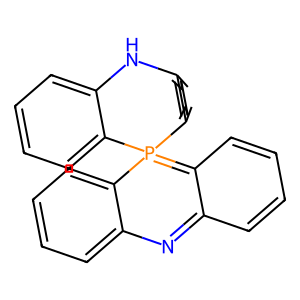
SMILES: c1ccc2c(c1)N=c1ccccc1=P21c2ccccc2Nc2ccccc21
Inhibits HIV replication: No